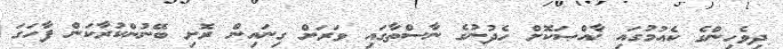
ދިވެހިންގެ ކެއުމުގައި ޚާއްޞަކޮށް ހެދުނުގެ ނާސްތާގައި ވަރަށް ގިނައިން ރޮށި ބޭނުންކުރާކަން ފާހަގަ